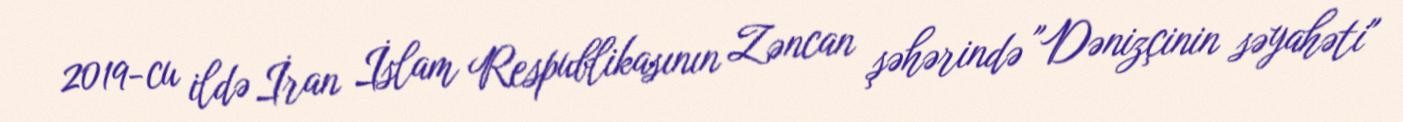
2019-cu ildə İran İslam Respublikasının Zəncan şəhərində "Dənizçinin səyahəti"